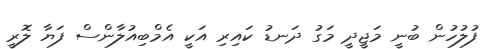
ފުލުހުން ބުނީ މަޖީދީ މަގު ދަނޑު ކައިރި އަކީ އެމްބިއުލާންސް ފަޔާ ލޮރީ